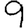
Digit: 9